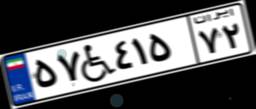
۵۷W۴۱۵۷۲